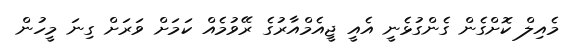
މެއިލް ކޮށްގެން ގެންގުޅެނީ އެއީ ޖީއެމްއާރުގެ ރޭވުމެއް ކަމަށް ވަރަށް ގިނަ މީހުން